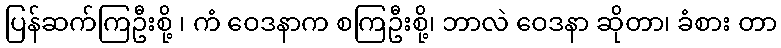
ပြန်ဆက်ကြဦးစို့ ၊ ကံ ဝေဒနာက စကြဦးစို့၊ ဘာလဲ ဝေဒနာ ဆိုတာ၊ ခံစား တာ